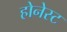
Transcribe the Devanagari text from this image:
होनेस्ट